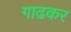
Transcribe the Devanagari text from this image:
गाढकर